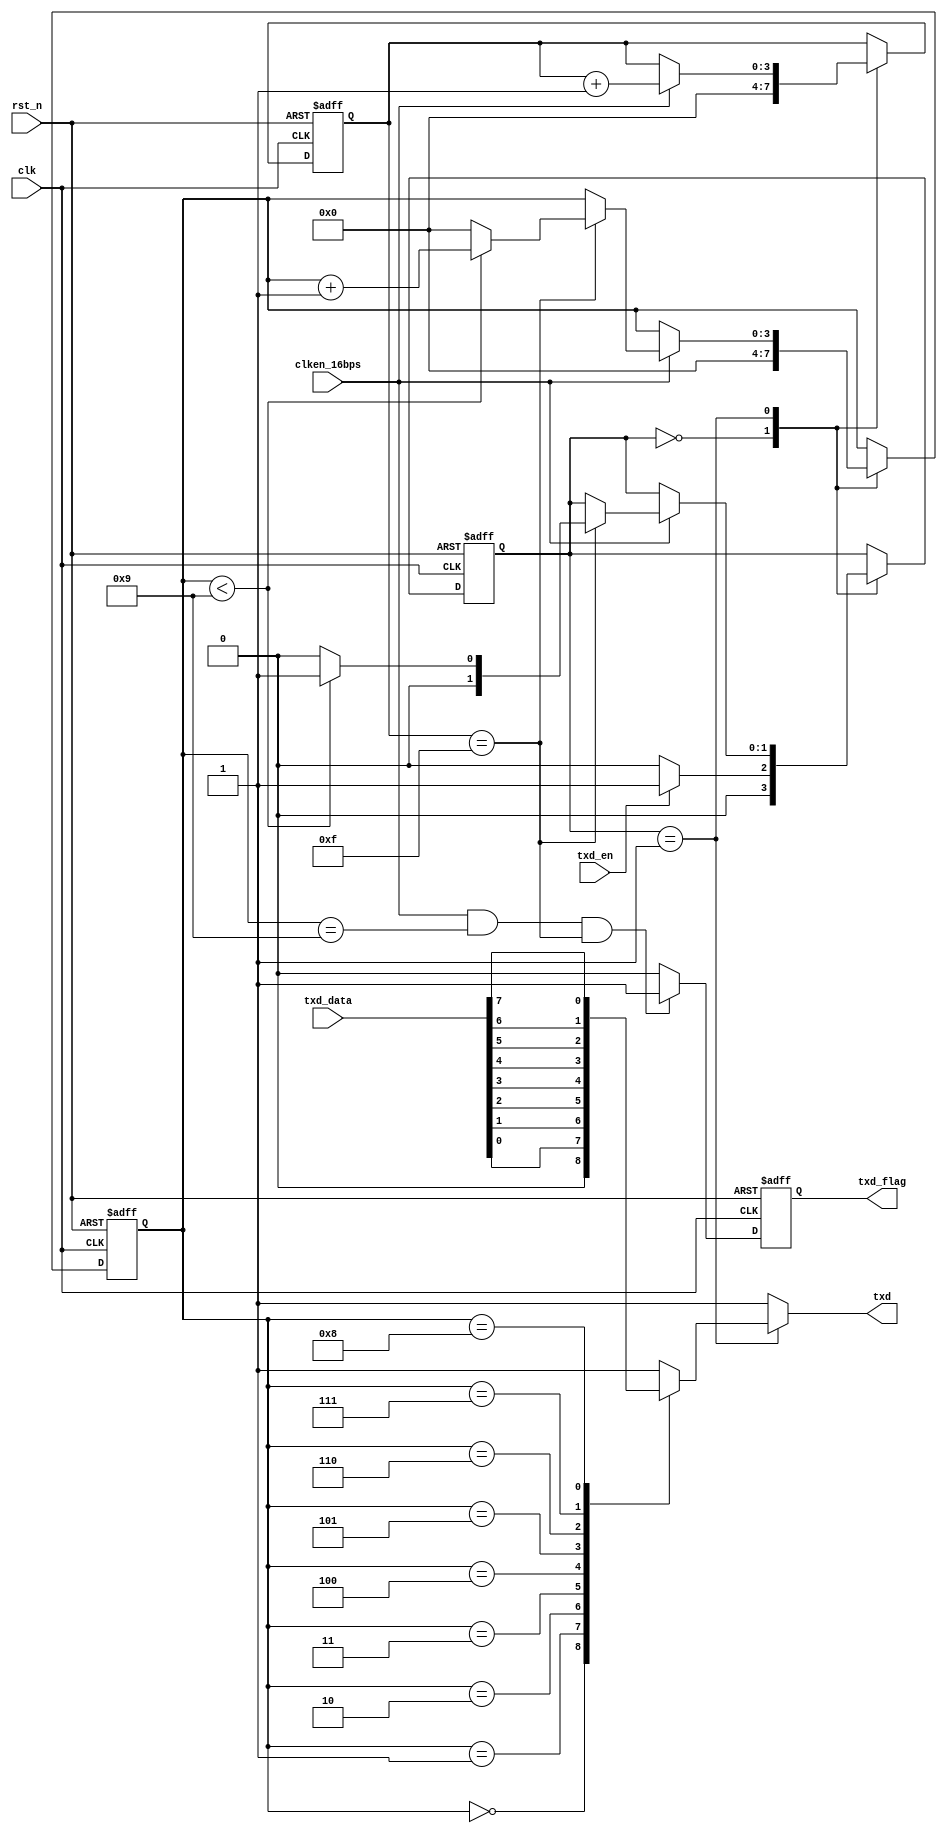
/*-----------------------------------------------------------------------
                                 \\\|///
                               \\  - -  //
                                (  @ @  )
+-----------------------------oOOo-(_)-oOOo-----------------------------+
CONFIDENTIAL IN CONFIDENCE
This confidential and proprietary software may be only used as authorized
by a licensing agreement from CrazyBingo (Thereturnofbingo).
In the event of publication, the following notice is applicable:
Copyright (C) 2013-20xx CrazyBingo Corporation
The entire notice above must be reproduced on all authorized copies.
Author              :       CrazyBingo
Technology blogs    :       http://blog.chinaaet.com/crazybingo
Email Address       :       thereturnofbingo@gmail.com
Filename            :       uart_receiver.v
Data                :       2012-01-28
Description         :       Data transfer for FPGA to PC.
Modification History    :
Data            By          Version         Change Description
=========================================================================
12/01/28        CrazyBingo  1.0             Original
12/12/04        CrazyBingo  2.0             Modification
13/06/25        CrazyBingo  3.0             Modification
14/04/11        CrazyBingo  3.1             Modification
-------------------------------------------------------------------------
|                                     Oooo                              |
+-------------------------------oooO--(   )-----------------------------+
                               (   )   ) /
                                \ (   (_/
                                 \_)
-----------------------------------------------------------------------*/

`timescale 1ns/1ns
module uart_receiver
(
    //gobal clock
    input               clk,
    input               rst_n,

    //uart interface
    input               clken_16bps,//clk_bps * 16
    output  reg         txd,        //uart txd interface

    //user interface
    input               txd_en,     //uart data transfer enable
    input       [7:0]   txd_data,   //uart transfer data
    output  reg txd_flag    //uart data transfer done
);

/**************************************************************************
..IDLE...Start...............UART DATA........................End...IDLE...
________                                                     ______________
        |____< D0 >< D1 >< D2 >< D3 >< D4 >< D5 >< D6 >< D7 >
        Bit0  Bit1  Bit2  Bit3  Bit4  Bit5  Bit6  Bit7  Bit8  Bit9
**************************************************************************/
//---------------------------------------
//parameter of uart transfer
localparam  T_IDLE  =   2'b0;   //test the flag to transfer data
localparam  T_SEND  =   2'b1;   //uart transfer data
reg [1:0]   txd_state;          //uart transfer state
reg [3:0]   smp_cnt;            //16 * clk_bps, the center for sample
reg [3:0]   txd_cnt;            //txd data counter
localparam  SMP_TOP     =   4'd15;
localparam  SMP_CENTER  =   4'd7;
always@(posedge clk or negedge rst_n)
begin
    if(!rst_n)
        begin
        smp_cnt <= 0;
        txd_cnt <= 0;   
        txd_state <= T_IDLE;
        end
    else
        begin
        case(txd_state)
        T_IDLE:     
            begin
            smp_cnt <= 0;
            txd_cnt <= 0;
            if(txd_en == 1)
                txd_state <= T_SEND;
            else
                txd_state <= T_IDLE;
            end 
        T_SEND: 
            begin
            if(clken_16bps == 1)
                begin
                smp_cnt <= smp_cnt + 1'b1;
                if(smp_cnt == SMP_TOP)
                    begin
                    if(txd_cnt < 4'd9)
                        begin
                        txd_cnt <= txd_cnt + 1'b1;
                        txd_state <= T_SEND;
                        end
                    else
                        begin
                        txd_cnt <= 0;
                        txd_state <= T_IDLE;
                        end
                    end
                else
                    begin
                    txd_cnt <= txd_cnt;
                    txd_state <= txd_state;
                    end
                end 
            else
                begin
                txd_cnt <= txd_cnt;
                txd_state <= txd_state;
                end
            end     
        endcase
        end
end


//--------------------------------------
//uart 8 bit data transfer
always@(*)
begin
    if(txd_state == T_SEND)
        case(txd_cnt)
        4'd0:   txd = 0;
        4'd1:   txd = txd_data[0];
        4'd2:   txd = txd_data[1];
        4'd3:   txd = txd_data[2];
        4'd4:   txd = txd_data[3];
        4'd5:   txd = txd_data[4];
        4'd6:   txd = txd_data[5];
        4'd7:   txd = txd_data[6];
        4'd8:   txd = txd_data[7];
        4'd9:   txd = 1;
        default:txd = 1;
        endcase
    else
        txd = 1'b1; //default state
end


//-------------------------------------
//Capture the falling of data transfer over
always@(posedge clk or negedge rst_n)
begin
    if(!rst_n)
        txd_flag <= 0;
    else if(clken_16bps == 1 &&  txd_cnt == 4'd9 && smp_cnt == SMP_TOP) //Totally 8 data is done
        txd_flag <= 1;
    else
        txd_flag <= 0;
end

endmodule